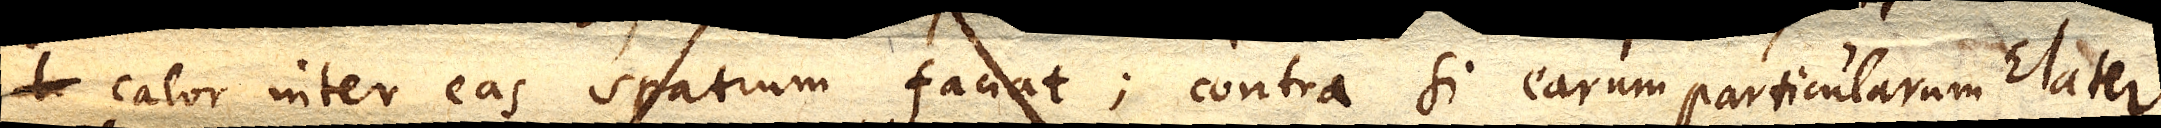
calor inter eas spatium faciat; contra si earum particularum